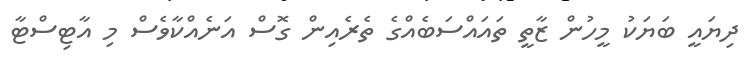
ދިޔައީ ބަޔަކު މީހުން ޒާތީ ތައައްސަބެއްގެ ތެރެއިން ގޮސް އަނެއްކާވެސް މި އާޓިސްޓާ